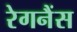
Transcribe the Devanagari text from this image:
रेगनैंस